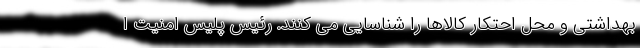
بهداشتی و محل احتکار کالاها را شناسایی می کنند. رئیس پلیس امنیت ا